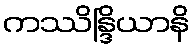
ကဿိန္ဒြိယာနိ